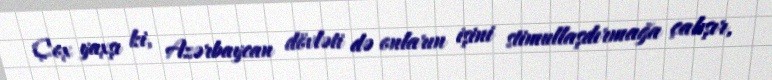
Çox yaxşı ki, Azərbaycan dövləti də onların işini stimullaşdırmağa çalışır,